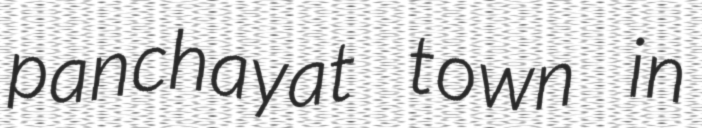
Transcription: panchayat town in